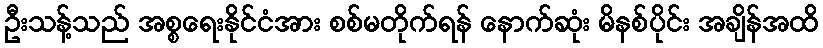
ဦးသန့်သည် အစ္စရေးနိုင်ငံအား စစ်မတိုက်ရန် နောက်ဆုံး မိနစ်ပိုင်း အချိန်အထိ